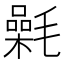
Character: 氉